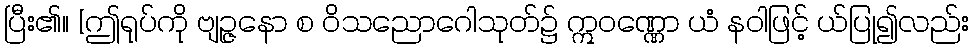
ပြီး၏။ [ဤရုပ်ကို ဗျဉ္ဇနော စ ဝိသညောဂေါသုတ်၌ ဣဝဏ္ဏော ယံ နဝါဖြင့် ယ်ပြု၍လည်း